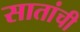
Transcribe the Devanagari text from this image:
सातांची